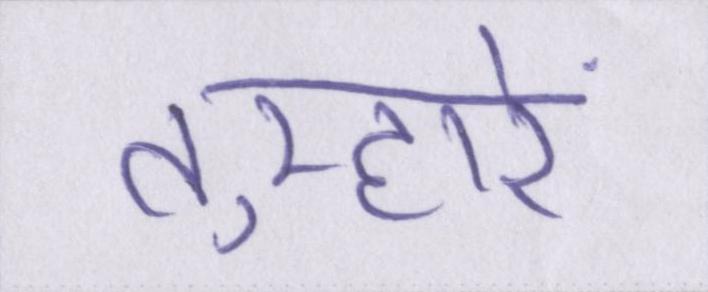
तुम्हारे